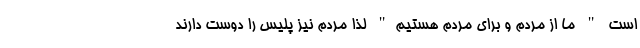
است " ما از مردم و برای مردم هستیم" لذا مردم نیز پلیس را دوست دارند